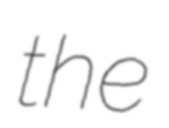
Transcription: the